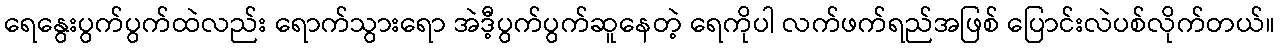
ရေနွေးပွက်ပွက်ထဲလည်း ရောက်သွားရော အဲဒီ့ပွက်ပွက်ဆူနေတဲ့ ရေကိုပါ လက်ဖက်ရည်အဖြစ် ပြောင်းလဲပစ်လိုက်တယ်။